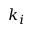
k _ { i }